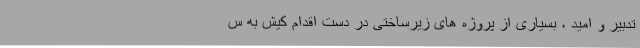
تدبیر و امید ، بسیاری از پروژه های زیرساختی در دست اقدام کیش به س